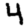
Digit: 4